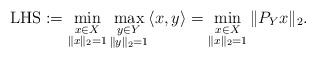
LaTeX: \begin{align*}\mathrm{LHS}:=\min_{\substack{x\in X\\\|x\|_2=1}}\max_{\substack{y\in Y\\\|y\|_2=1}}\langle x,y\rangle=\min_{\substack{x\in X\\\|x\|_2=1}}\|P_Yx\|_2.\end{align*}